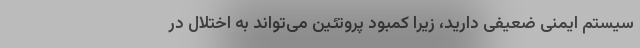
سیستم ایمنی ضعیفی دارید، زیرا کمبود پروتئین می‌تواند به اختلال در